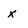
Character: x